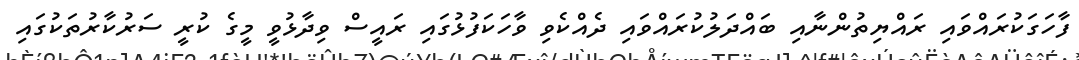
ފާހަގަކުރައްވައި ރައްޔިތުންނާއި ބައްދަލުކުރައްވައި ދެއްކެވި ވާހަކަފުޅުގައި ރައީސް ވިދާޅުވީ މީގެ ކުރީ ސަރުކާރުތަކުގައި